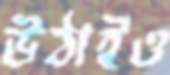
উঠাইও